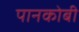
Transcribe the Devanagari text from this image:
पानकोबी